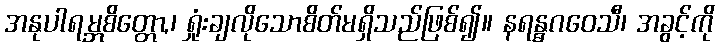
အနုပါရမ္ဘစိတ္တော,၊ ရှုံးချလိုသောစိတ်မရှိသည်ဖြစ်၍။ နရန္ဓဂဝေသီ၊ အခွင့်ကို